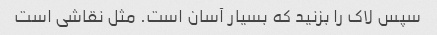
سپس لاک را بزنید که بسیار آسان است. مثل نقاشی است